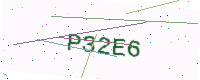
Text: P32E6